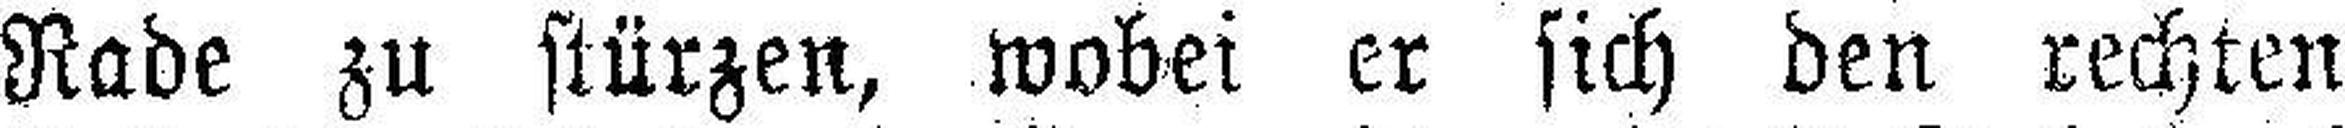
Rade zu stürzen, wobei er sich den rechten